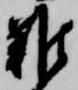
難